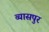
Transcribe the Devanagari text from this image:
व्‍यासपुर